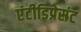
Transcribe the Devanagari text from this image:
एंटीडिप्रेसंट